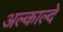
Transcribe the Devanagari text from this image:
अल्काल्दे